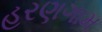
હરણગામ